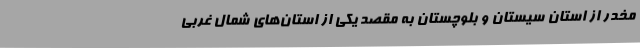
مخدر از استان سیستان و بلوچستان به مقصد یکی از استان‌های شمال غربی